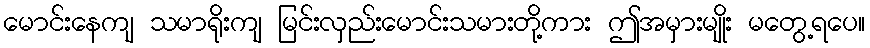
မောင်းနေကျ သမာရိုးကျ မြင်းလှည်းမောင်းသမားတို့ကား ဤအမှားမျိုး မတွေ့ရပေ။